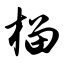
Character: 榴